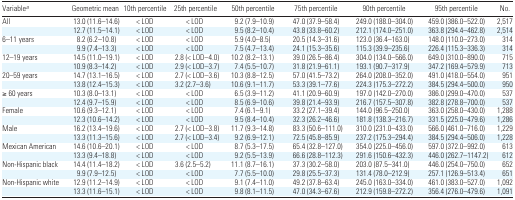
<table><thead><tr><td><b>Variablea</b></td><td><b>Geometric mean</b></td><td><b>10th percentile</b></td><td><b>25th percentile</b></td><td><b>50th percentile</b></td><td><b>75th percentile</b></td><td><b>90th percentile</b></td><td><b>95th percentile</b></td><td><b>No.</b></td></tr></thead><tbody><tr><td>All</td><td>13.0 (11.6–14.6)</td><td>&lt; LOD</td><td>&lt; LOD</td><td>9.2 (7.9–10.9)</td><td>47.0 (37.9–58.4)</td><td>249.0 (188.0–304.0)</td><td>459.0 (386.0–522.0)</td><td>2,517</td></tr><tr><td></td><td>12.7 (11.5–14.1)</td><td>&lt; LOD</td><td>&lt; LOD</td><td>9.5 (8.2–10.4)</td><td>43.8 (33.8–60.2)</td><td>212.1 (174.0–251.0)</td><td>363.8 (294.4–462.8)</td><td>2,514</td></tr><tr><td>6–11 years</td><td>8.2 (6.2–10.8)</td><td>&lt; LOD</td><td>&lt; LOD</td><td>5.9 (4.0–8.5)</td><td>20.5 (14.3–31.6)</td><td>123.0 (36.4–163.0)</td><td>148.0 (110.0–273.0)</td><td>314</td></tr><tr><td></td><td>9.9 (7.4–13.3)</td><td>&lt; LOD</td><td>&lt; LOD</td><td>7.5 (4.7–13.4)</td><td>24.1 (15.3–35.6)</td><td>115.3 (39.9–235.6)</td><td>226.4 (115.3–336.3)</td><td>314</td></tr><tr><td>12–19 years</td><td>14.5 (11.0–19.1)</td><td>&lt; LOD</td><td>2.8 (&lt; LOD–4.0)</td><td>10.2 (8.2–13.1)</td><td>39.0 (26.5–86.4)</td><td>304.0 (134.0–566.0)</td><td>649.0 (310.0–890.0)</td><td>715</td></tr><tr><td></td><td>10.9 (8.3–14.2)</td><td>&lt; LOD</td><td>2.9 (&lt; LOD–3.7)</td><td>7.4 (5.5–10.7)</td><td>31.8 (21.9–61.1)</td><td>193.1 (90.7–317.9)</td><td>347.2 (169.4–579.9)</td><td>713</td></tr><tr><td>20–59 years</td><td>14.7 (13.1–16.5)</td><td>&lt; LOD</td><td>2.7 (&lt; LOD–3.6)</td><td>10.3 (8.8–12.5)</td><td>57.0 (41.5–73.2)</td><td>264.0 (208.0–352.0)</td><td>491.0 (418.0–554.0)</td><td>951</td></tr><tr><td></td><td>13.8 (12.4–15.3)</td><td>&lt; LOD</td><td>3.2 (2.7–3.6)</td><td>10.6 (9.1–11.7)</td><td>53.3 (39.1–77.6)</td><td>224.3 (175.3–272.2)</td><td>384.5 (294.4–500.0)</td><td>950</td></tr><tr><td>≥ 60 years</td><td>10.3 (8.0–13.1)</td><td>&lt; LOD</td><td>&lt; LOD</td><td>6.5 (3.9–11.2)</td><td>41.1 (20.9–60.9)</td><td>197.0 (142.0–270.0)</td><td>386.0 (299.0–470.0)</td><td>537</td></tr><tr><td></td><td>12.4 (9.7–15.9)</td><td>&lt; LOD</td><td>&lt; LOD</td><td>8.5 (6.9–10.6)</td><td>39.8 (21.4–93.9)</td><td>216.7 (157.5–307.8)</td><td>382.8 (278.8–700.0)</td><td>537</td></tr><tr><td>Female</td><td>10.6 (9.3–12.1)</td><td>&lt; LOD</td><td>&lt; LOD</td><td>7.4 (6.1–9.1)</td><td>33.2 (27.1–39.4)</td><td>144.0 (96.5–250.0)</td><td>363.0 (258.0–430.0)</td><td>1,288</td></tr><tr><td></td><td>12.3 (10.6–14.2)</td><td>&lt; LOD</td><td>&lt; LOD</td><td>9.5 (8.4–10.4)</td><td>32.3 (26.2–46.6)</td><td>181.8 (138.3–216.7)</td><td>331.5 (225.0–479.6)</td><td>1,286</td></tr><tr><td>Male</td><td>16.2 (13.4–19.6)</td><td>&lt; LOD</td><td>2.7 (&lt; LOD–3.8)</td><td>11.7 (9.3–14.8)</td><td>83.3 (50.6–111.0)</td><td>310.0 (231.0–433.0)</td><td>566.0 (461.0–716.0)</td><td>1,229</td></tr><tr><td></td><td>13.3 (11.3–15.6)</td><td>&lt; LOD</td><td>2.7 (&lt; LOD–3.4)</td><td>9.2 (6.9–12.1)</td><td>72.5 (45.8–85.9)</td><td>237.2 (175.3–294.4)</td><td>384.5 (294.4–506.0)</td><td>1,228</td></tr><tr><td>Mexican American</td><td>14.6 (10.6–20.1)</td><td>&lt; LOD</td><td>&lt; LOD</td><td>8.7 (5.3–17.5)</td><td>65.4 (32.8–127.0)</td><td>354.0 (225.0–456.0)</td><td>597.0 (372.0–992.0)</td><td>613</td></tr><tr><td></td><td>13.3 (9.4–18.8)</td><td>&lt; LOD</td><td>&lt; LOD</td><td>9.2 (5.5–13.9)</td><td>66.6 (28.8–112.3)</td><td>291.6 (150.6–432.3)</td><td>446.0 (262.7–1147.2)</td><td>612</td></tr><tr><td>Non-Hispanic black</td><td>14.4 (11.4–18.2)</td><td>&lt; LOD</td><td>3.6 (2.5–5.2)</td><td>11.1 (8.7–16.1)</td><td>37.3 (30.2–58.0)</td><td>203.0 (87.5–341.0)</td><td>446.0 (254.0–750.0)</td><td>652</td></tr><tr><td></td><td>9.9 (7.9–12.5)</td><td>&lt; LOD</td><td>&lt; LOD</td><td>7.7 (5.5–10.0)</td><td>29.8 (25.5–37.3)</td><td>131.4 (78.0–212.9)</td><td>257.1 (126.9–513.4)</td><td>651</td></tr><tr><td>Non-Hispanic white</td><td>12.9 (11.2–14.9)</td><td>&lt; LOD</td><td>&lt; LOD</td><td>9.1 (7.4–11.0)</td><td>49.2 (37.8–63.4)</td><td>245.0 (163.0–334.0)</td><td>461.0 (383.0–527.0)</td><td>1,092</td></tr><tr><td></td><td>13.3 (11.6–15.1)</td><td>&lt; LOD</td><td>&lt; LOD</td><td>9.8 (8.1–11.5)</td><td>47.0 (34.3–67.6)</td><td>212.9 (159.8–272.2)</td><td>356.4 (276.0–479.6)</td><td>1,091</td></tr></tbody></table>